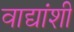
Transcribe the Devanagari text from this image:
वाद्यांशी